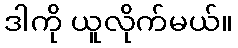
ဒါကို ယူလိုက်မယ်။